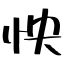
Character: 怏